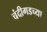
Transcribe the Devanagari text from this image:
चंदीगडच्या